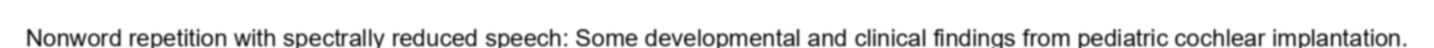
Nonword repetition with spectrally reduced speech: Some developmental and clinical findings from pediatric cochlear implantation.